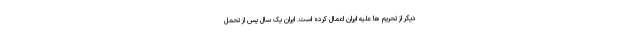
دیگر از تحریم ها علیه ایران اعمال کرده است. ایران یک سال پس از تحمل